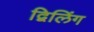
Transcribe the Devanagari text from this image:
द्विलिंग